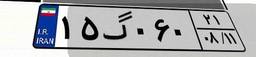
۱۵گ۰۶۰۲۱